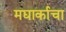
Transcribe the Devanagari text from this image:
मद्यार्काचा